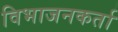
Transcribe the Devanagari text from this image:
विभाजनकर्ता